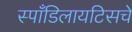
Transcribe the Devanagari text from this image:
स्पाँडिलायटिसचे